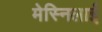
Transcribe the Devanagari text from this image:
मेस्निलाई